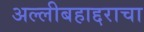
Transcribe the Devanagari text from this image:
अल्लीबहाद्दराचा